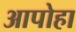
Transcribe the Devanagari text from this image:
आपोहा